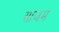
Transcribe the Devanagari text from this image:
साजम